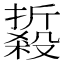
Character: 𱥘